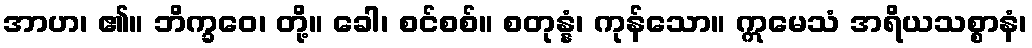
အာဟ၊ ၏။ ဘိက္ခဝေ၊ တို့။ ခေါ၊ စင်စစ်။ စတုန္နံ၊ ကုန်သော။ ဣမေသံ အရိယသစ္စာနံ၊